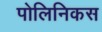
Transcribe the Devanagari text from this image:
पोलिनिकस